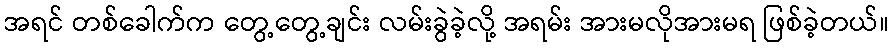
အရင် တစ်ခေါက်က တွေ့တွေ့ချင်း လမ်းခွဲခဲ့လို့ အရမ်း အားမလိုအားမရ ဖြစ်ခဲ့တယ်။